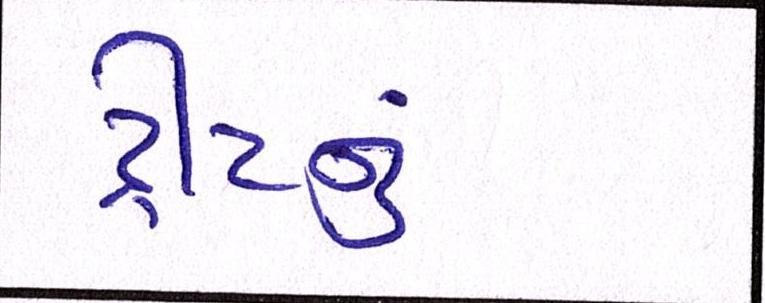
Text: ટ્રીટનું